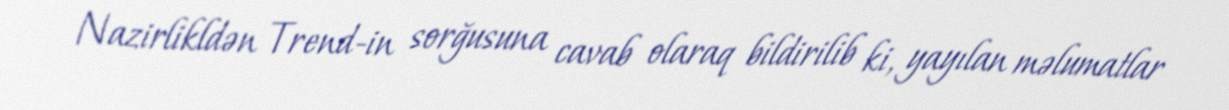
Nazirlikldən Trend-in sorğusuna cavab olaraq bildirilib ki, yayılan məlumatlar